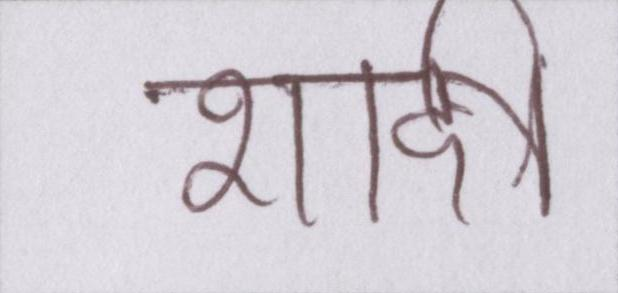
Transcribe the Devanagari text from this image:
शादी